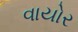
વાયોર